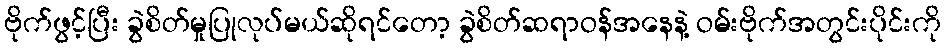
ဗိုက်ဖွင့်ပြီး ခွဲစိတ်မှုပြုလုပ်မယ်ဆိုရင်တော့ ခွဲစိတ်ဆရာဝန်အနေနဲ့ ဝမ်းဗိုက်အတွင်းပိုင်းကို